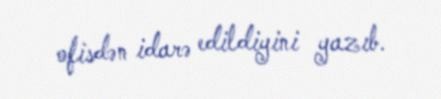
ofisdən idarə edildiyini yazıb.